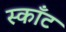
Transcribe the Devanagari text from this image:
स्काँट